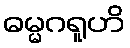
ဓမ္မဂရူဟိ